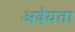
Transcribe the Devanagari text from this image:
अदेयता